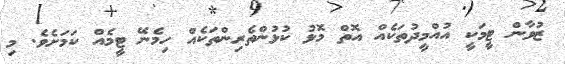
ޒުވާން ޓީމަކީ އުއްމީދުތަކެއް އޮތް މޮޅު ކުޅުންތެރިންތަކެއް ހިމެނޭ ޓީމެއް ކަމަށެވެ. މި